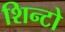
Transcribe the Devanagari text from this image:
शिन्टो